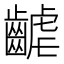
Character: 𪘽